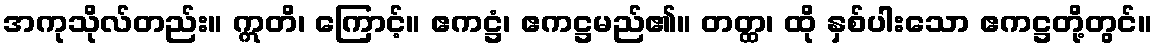
အကုသိုလ်တည်း။ ဣတိ၊ ကြောင့်။ ဧကဋ္ဌံ၊ ဧကဋ္ဌမည်၏။ တတ္ထ၊ ထို နှစ်ပါးသော ဧကဋ္ဌတို့တွင်။